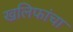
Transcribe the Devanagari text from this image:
खलिफांचा